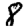
Digit: 8